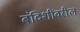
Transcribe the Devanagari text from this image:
बंदिशींवरील